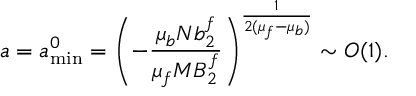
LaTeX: a = a _ { \mathrm { m i n } } ^ { 0 } = \left( - { \frac { \mu _ { b } N b _ { 2 } ^ { f } } { \mu _ { f } M B _ { 2 } ^ { f } } } \right) ^ { \frac { 1 } { 2 ( \mu _ { f } - \mu _ { b } ) } } \sim { \cal O } ( 1 ) .